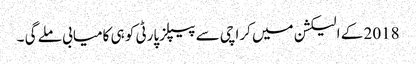
2018 کے الیکشن میں کراچی سے پیپلزپارٹی کو ہی کامیابی ملے گی ۔